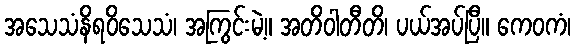
အသေသံနိရဝိသေသံ၊ အကြွင်းမဲ့။ အတိဝါတီတိ၊ ပယ်အပ်ပြီ။ ကေဝကံ၊